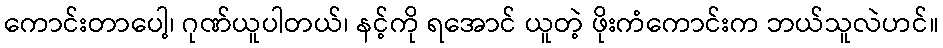
ကောင်းတာပေါ့၊ ဂုဏ်ယူပါတယ်၊ နင့်ကို ရအောင် ယူတဲ့ ဖိုးကံကောင်းက ဘယ်သူလဲဟင်။